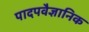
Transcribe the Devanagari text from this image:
पादपवैज्ञानिक